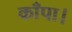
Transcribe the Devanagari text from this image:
काँपा।